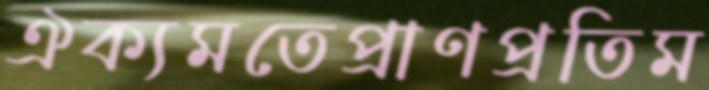
ঐক্যমতেপ্রাণপ্রতিম